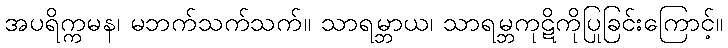
အပရိက္ကမန၊ မဘက်သက်သက်။ သာရမ္ဘာယ၊ သာရမ္ဘကုဋိကိုပြုခြင်းကြောင့်။